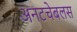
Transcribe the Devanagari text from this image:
अनटचेबलस